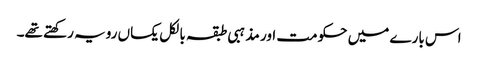
اس بارے میں حکومت اور مذہبی طبقہ بالکل یکساں رویہ رکھتے تھے۔